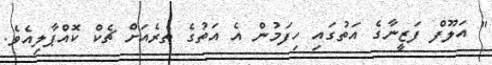
" އަލޫފް ފަޒީނާގެ އަތުގައި ހިފަމުން އެ އަތުގެ ތެރެއަށް ޗެކް ކޮއްޕާލިއެވެ.